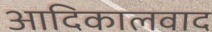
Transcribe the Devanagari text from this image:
आदिकालवाद